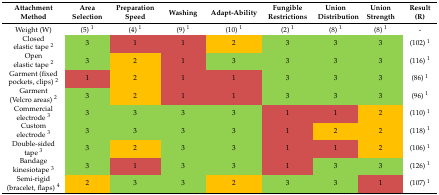
<table><thead><tr><td><b>Attachment Method</b></td><td><b>Area Selection</b></td><td><b>Preparation Speed</b></td><td><b>Washing</b></td><td><b>Adapt-Ability</b></td><td><b>Fungible Restrictions</b></td><td><b>Union Distribution</b></td><td><b>Union Strength</b></td><td><b>Result (R)</b></td></tr></thead><tbody><tr><td>Weight (W)</td><td>(5) <sup>1</sup></td><td>(4) <sup>1</sup></td><td>(9) <sup>1</sup></td><td>(10) <sup>1</sup></td><td>(2) <sup>1</sup></td><td>(8) <sup>1</sup></td><td>(8) <sup>1</sup></td><td>-</td></tr><tr><td>Closed elastic tape <sup>2</sup></td><td>3</td><td>1</td><td>1</td><td>2</td><td>3</td><td>3</td><td>3</td><td>(102) <sup>1</sup></td></tr><tr><td>Open elastic tape <sup>2</sup></td><td>3</td><td>2</td><td>1</td><td>3</td><td>3</td><td>3</td><td>3</td><td>(116) <sup>1</sup></td></tr><tr><td>Garment (fixed pockets, clips) <sup>2</sup></td><td>1</td><td>2</td><td>1</td><td>1</td><td>3</td><td>3</td><td>3</td><td>(86) <sup>1</sup></td></tr><tr><td>Garment (Velcro areas) <sup>2</sup></td><td>3</td><td>2</td><td>1</td><td>1</td><td>3</td><td>3</td><td>3</td><td>(96) <sup>1</sup></td></tr><tr><td>Commercial electrode <sup>3</sup></td><td>3</td><td>3</td><td>3</td><td>3</td><td>1</td><td>1</td><td>2</td><td>(110) <sup>1</sup></td></tr><tr><td>Custom electrode <sup>3</sup></td><td>3</td><td>3</td><td>3</td><td>3</td><td>1</td><td>2</td><td>2</td><td>(118) <sup>1</sup></td></tr><tr><td>Double-sided tape <sup>3</sup></td><td>3</td><td>2</td><td>3</td><td>3</td><td>1</td><td>1</td><td>2</td><td>(106) <sup>1</sup></td></tr><tr><td>Bandage kinesiotape <sup>3</sup></td><td>3</td><td>1</td><td>3</td><td>3</td><td>1</td><td>3</td><td>3</td><td>(126) <sup>1</sup></td></tr><tr><td>Semi-rigid (bracelet, flaps) <sup>4</sup></td><td>2</td><td>3</td><td>3</td><td>2</td><td>3</td><td>3</td><td>1</td><td>(107) <sup>1</sup></td></tr></tbody></table>